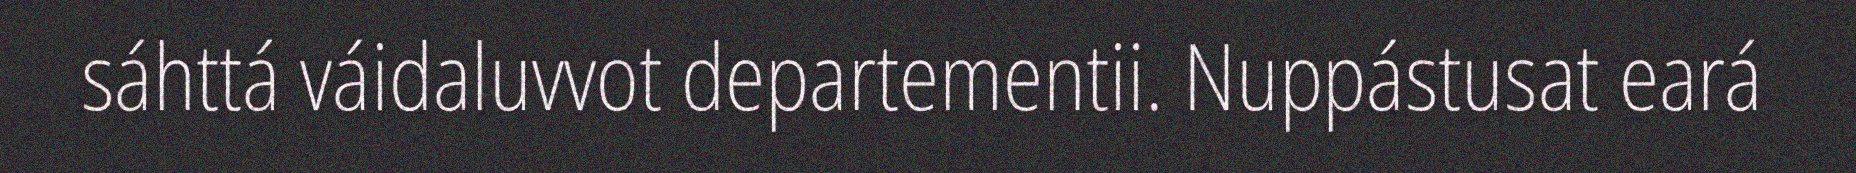
sáhttá váidaluvvot departementii. Nuppástusat eará